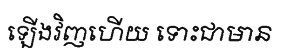
ឡើងវិញហើយ ទោះជាមាន